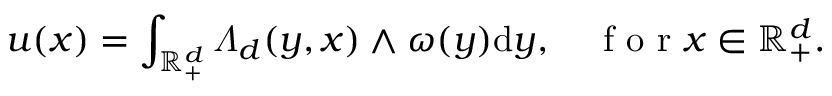
u ( x ) = \int _ { \mathbb { R } _ { + } ^ { d } } \varLambda _ { d } ( y , x ) \wedge \omega ( y ) \mathrm { d } y , \quad \textrm { f o r } x \in \mathbb { R } _ { + } ^ { d } .